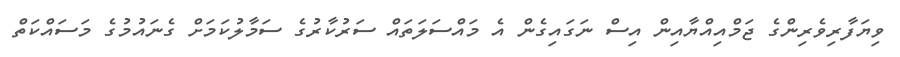
ވިޔަފާރިވެރިންގެ ޖަމްއިއްޔާއިން އިސް ނަގައިގެން އެ މައްސަލަތައް ސަރުކާރުގެ ސަމާލުކަމަށް ގެނައުމުގެ މަސައްކަތް